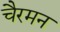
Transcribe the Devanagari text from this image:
चैरमन